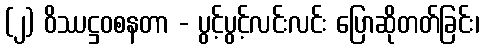
(၂) ဝိဿဋ္ဌဝစနတာ - ပွင့်ပွင့်လင်းလင်း ပြောဆိုတတ်ခြင်း၊